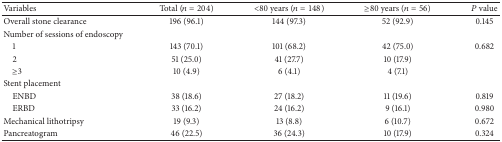
| Variables | Total (n = 204) | <80 years (n = 148) | ≥80 years (n = 56) | P value |
 | --- | --- | --- | --- | --- |
 | Overall stone clearance | 196 (96.1) | 144 (97.3) | 52 (92.9) | 0.145 |
 | Number of sessions of endoscopy |  |  |  |  |
 | 1 | 143 (70.1) | 101 (68.2) | 42 (75.0) | 0.682 |
 | 2 | 51 (25.0) | 41 (27.7) | 10 (17.9) |  |
 | ≥3 | 10 (4.9) | 6 (4.1) | 4 (7.1) |  |
 | Stent placement |  |  |  |  |
 | ENBD | 38 (18.6) | 27 (18.2) | 11 (19.6) | 0.819 |
 | ERBD | 33 (16.2) | 24 (16.2) | 9 (16.1) | 0.980 |
 | Mechanical lithotripsy | 19 (9.3) | 13 (8.8) | 6 (10.7) | 0.672 |
 | Pancreatogram | 46 (22.5) | 36 (24.3) | 10 (17.9) | 0.324 |